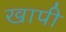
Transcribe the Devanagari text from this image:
खापी